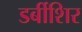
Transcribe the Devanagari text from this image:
डर्बीशिर